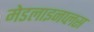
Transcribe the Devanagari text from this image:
मेडलाइनप्लस